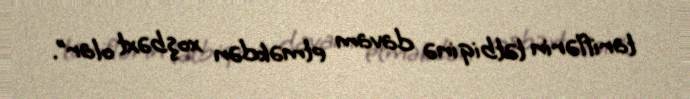
tariflərin tətbiqinə davam etməkdən xoşbəxt olar”.